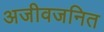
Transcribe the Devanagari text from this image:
अजीवजनित